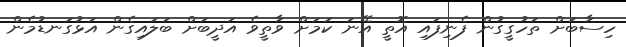
ހިސާބަށް ތަހުގީގުން ފެނިފައި އޮތީ އޭނަ ކަމަށް ވާތީވެ އަދީބަށް ބަލައިގެން އަޅުގަނޑުމެން